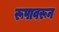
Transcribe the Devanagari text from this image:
रूपावरून